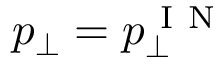
p _ { \perp } = p _ { \perp } ^ { \mathrm { ~ I ~ N ~ } }